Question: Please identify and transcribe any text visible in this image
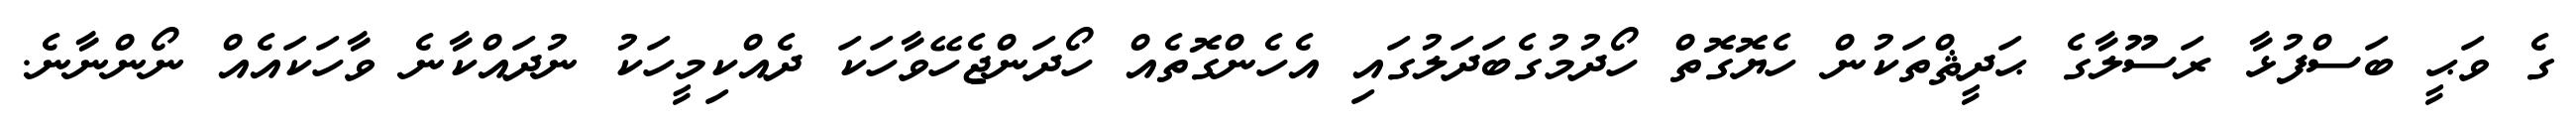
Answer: ގެ ވަޙީ ބަސްފުޅާ ރަސޫލާގެ ޙަދީޘްތަކުން ހެޔޮގޮތް ހޯދުމުގެބަދަލުގައި އެހެންގޮތެއް ހޯދަންޖެހޭވާހަކަ ދެއްކިމީހަކު ނުދައްކާނެ ވާހަކައެއް ނޯންނާނެ.